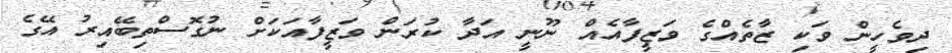
ދިވެހީން ވަކި ޒާތެއްގެ ވަޒީފާއެއް ނޫނީ އަދާ ކުރަން ވަޒީފާއަކަށް ނުގޮސްތިބޭއިރު އޭގެ